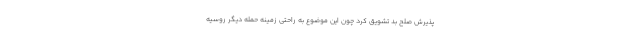
پذیرش صلح بد تشویق کرد چون این موضوع به راحتی زمینه حمله دیگر روسیه